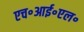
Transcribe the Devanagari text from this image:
एच॰आई॰एल॰